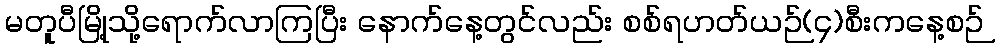
မတူပီမြို့သို့ရောက်လာကြပြီး နောက်နေ့တွင်လည်း စစ်ရဟတ်ယဉ်(၄)စီးကနေ့စဉ်